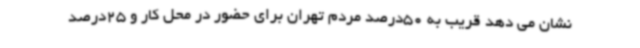
نشان می دهد قریب به 50درصد مردم تهران برای حضور در محل کار و 25درصد